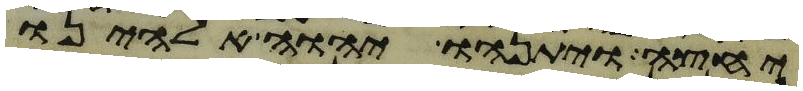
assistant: יחצה ויתנהו יהוה אלהינו